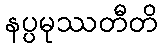
နပ္ပမုဿတီတိ